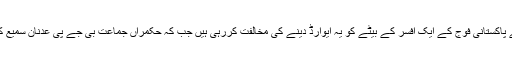
اپوزیشن جماعتیں بھارت کے خلاف جنگ لڑنے والے پاکستانی فوج کے ایک افسر کے بیٹے کو یہ ایوارڈ دینے کی مخالفت کررہی ہیں جب کہ حکمراں جماعت بی جے پی عدنان سمیع کو اس ایوارڈ کا سب سے زیادہ اہل قرار دے رہی ہے۔